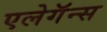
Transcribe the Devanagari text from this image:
एलेगॅन्स